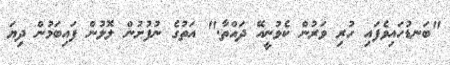
"ބަނޑުހައިވެފައި ހުރި ވަރުން ކެވުނީއޭ ދައްތާ." އަތުގެ ނުފުށުން ލޮލުން ފައިބަމުން ދިޔަ